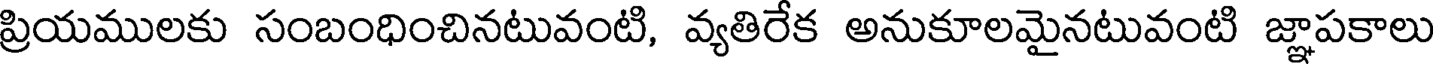
ప్రియములకు సంబంధించినటువంటి, వ్యతిరేక అనుకూలమైనటువంటి జ్ఞాపకాలు